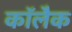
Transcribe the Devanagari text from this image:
कॉलैक